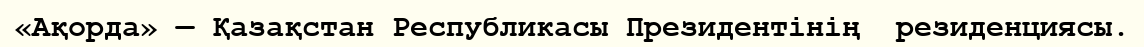
«Ақорда» — Қазақстан Республикасы Президентінің  резиденциясы.